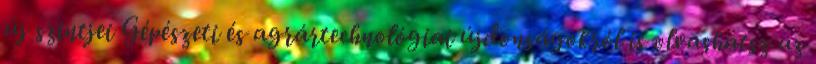
új szintjei Gépészeti és agrártechnológiai újdonságokról is olvashatsz az